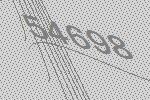
54698